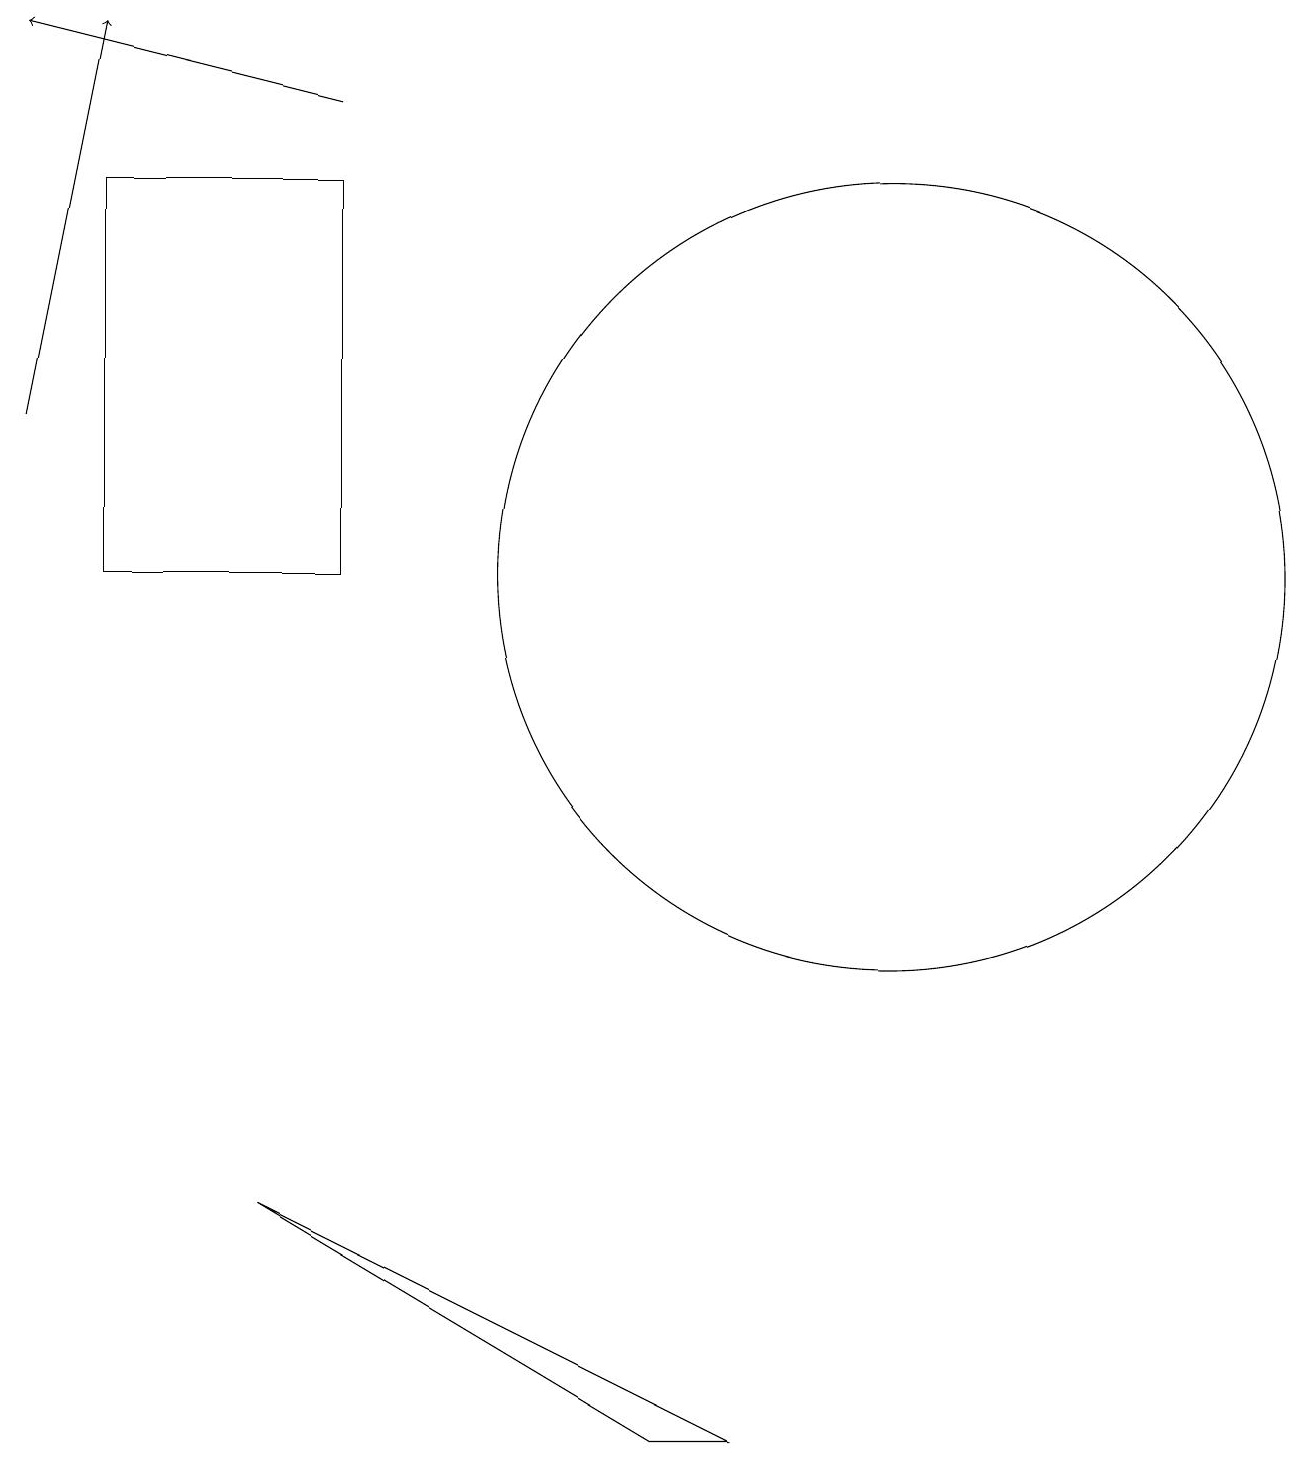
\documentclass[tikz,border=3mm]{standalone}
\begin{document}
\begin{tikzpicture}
\draw (1,11) rectangle (4,16);
\draw (9,0) -- (3,3) -- (8,0) -- cycle;
\draw[->] (0,13) -- (1,18);
\draw (11,11) circle (5);
\draw[->] (4,17) -- (0,18);
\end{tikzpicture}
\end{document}